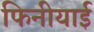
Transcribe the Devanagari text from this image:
फिनीयाई